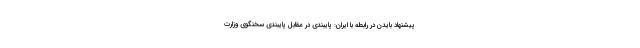
پیشنهاد بایدن در رابطه با ایران: پایبندی در مقابل پایبندی سخنگوی وزارت